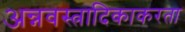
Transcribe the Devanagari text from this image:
अन्नवस्त्रादिकाकरता